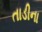
તાડીના